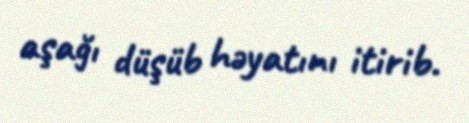
aşağı düşüb həyatını itirib.